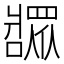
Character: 𬌎